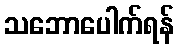
သဘောပေါက်ရန်